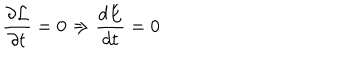
\frac { \partial \cal L } { \partial t } = 0 \Rightarrow \frac { d E } { d t } = 0